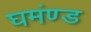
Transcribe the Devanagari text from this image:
घमंण्ड